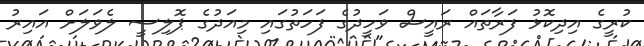
ކުރީގެ އިދިކޮޅު ފަރާތައް ރައީސް ވަހީދުގެ ފަހަތުގައި މިއަދުގެ ޕޮލިސީ ލެވަލަށް އައިރު